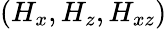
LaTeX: (H_{x},H_{z},H_{xz})